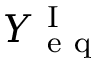
Y _ { \mathrm { ~ e ~ q ~ } } ^ { \mathrm { ~ I ~ } }